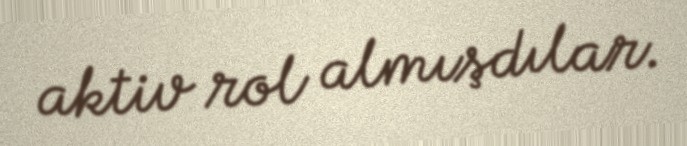
aktiv rol almışdılar.